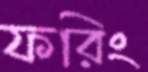
ফরিং